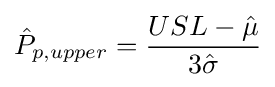
{\hat {P}}_{p,upper}={USL-{\hat {\mu }} \over 3{\hat {\sigma }}}